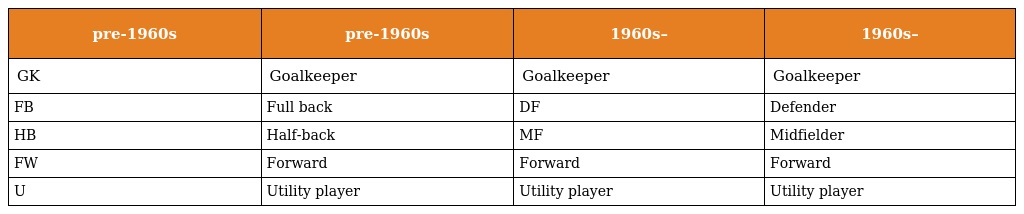
| pre-1960s | pre-1960s | 1960s– | 1960s– |
 | --- | --- | --- | --- |
 | GK | Goalkeeper | Goalkeeper | Goalkeeper |
 | FB | Full back | DF | Defender |
 | HB | Half-back | MF | Midfielder |
 | FW | Forward | Forward | Forward |
 | U | Utility player | Utility player | Utility player |